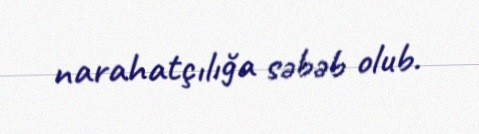
narahatçılığa səbəb olub.